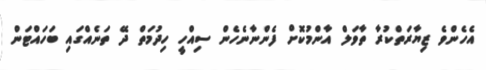
އެހެންވެ ޒިޔާރަތްކުރާ ތާވަލް އާންމުކޮށް ފެންނާނެހެން ސިއްހީ ހިދުމަތް ދޭ ތަނެއްގައި ބަހައްޓަން